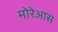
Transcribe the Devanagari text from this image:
मोरेआस